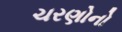
ચરણોનો